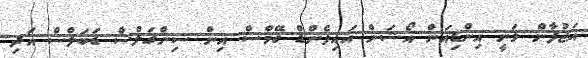
އަޖުފާން ވަނީ އިންޑިއަން އޯޝަން އައިލެންޑް ގޭމްސް އިން ސިންގަލްސް ޑަބަލްސް އަދި